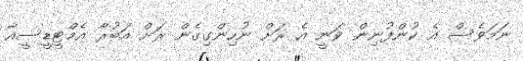
ނަމަވެސް އެ ކުންފުނިން ވަނީ އެ ރަށް ނުހިންގިގެން ރަށް އަބުރާ އެމްޓީޑީސީއާ